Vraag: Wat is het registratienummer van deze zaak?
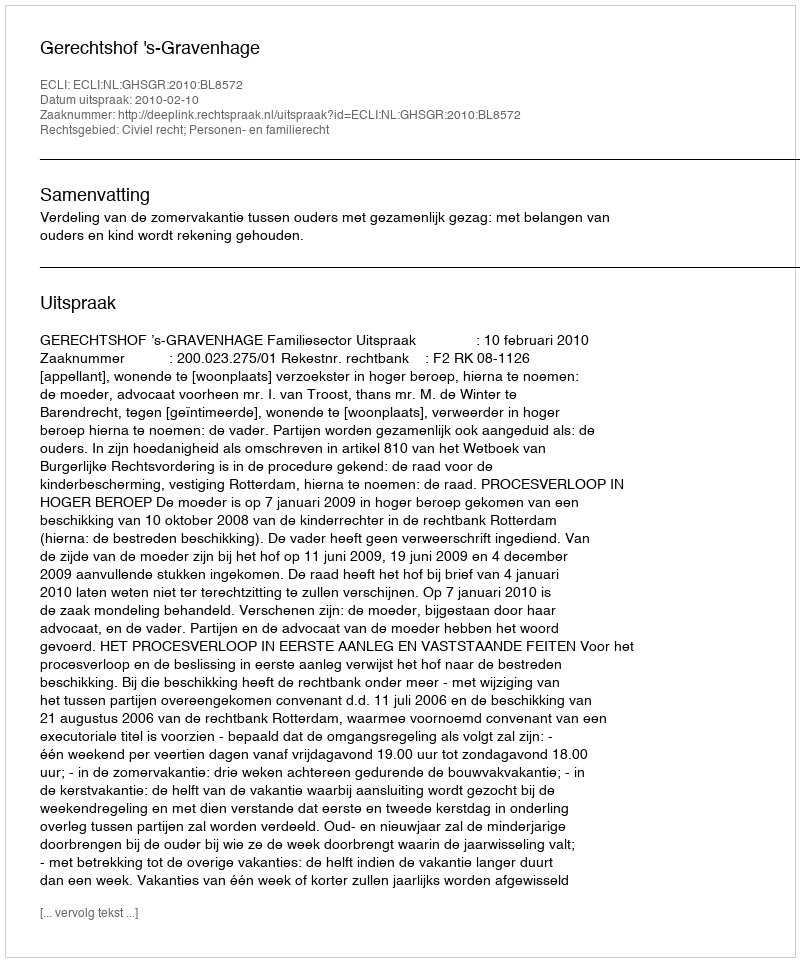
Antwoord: http://deeplink.rechtspraak.nl/uitspraak?id=ECLI:NL:GHSGR:2010:BL8572